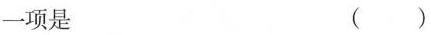
一项是 ()